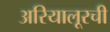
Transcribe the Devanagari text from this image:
अरियालूरची